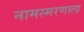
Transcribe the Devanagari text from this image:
नामस्मरणाला